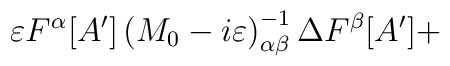
\varepsilon F^{\alpha }[A']\left( M_{0}-i\varepsilon \right) _{\alpha \beta }^{-1}\Delta F^{\beta }[A']+